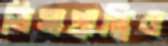
ভিসাপ্রাপ্তিও